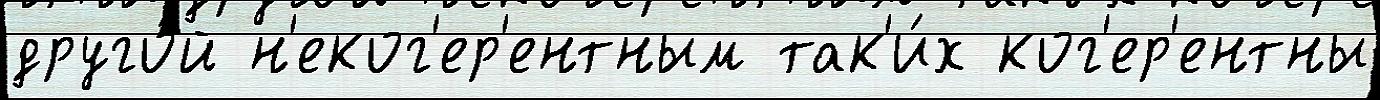
друго́й н'еког'ер'ентным так'и́х ког'ер'ентны